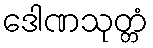
ဒေါဏသုတ္တံ